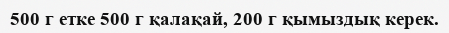
500 г етке 500 г қалақай, 200 г қымыздық керек.